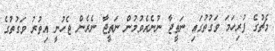
މެޗުގެ ފުރިހަމަ ވަގުތުގައި ނަތީޖާ ނުނެރެވުމުން ނަތީޖާ ނެރެން ޖެހުނީ އިތުރު ވަގުތުގެ